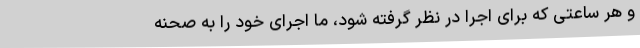
و هر ساعتی که برای اجرا در نظر گرفته شود، ما اجرای خود را به صحنه